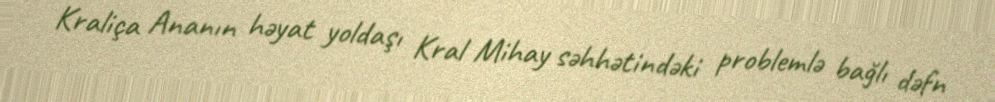
Kraliça Ananın həyat yoldaşı Kral Mihay səhhətindəki problemlə bağlı dəfn